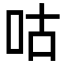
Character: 咕